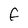
Character: F